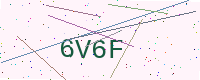
Text: 6V6F